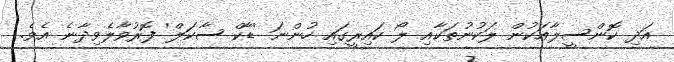
އަދި ކޮންސީލާއަކުން ލަކުނުތަކާއި ލޯ ކައިރީގައި ހުންނަ 'ޑާކް ސާކަލް' ފޮރުވާލެވިދާނެ އެެވެ.